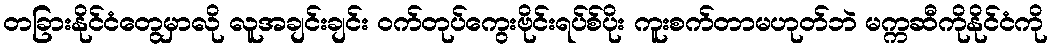
တခြားနိုင်ငံတွေမှာလို လူအချင်းချင်း ဝက်တုပ်ကွေးဗိုင်းရပ်စ်ပိုး ကူးစက်တာမဟုတ်ဘဲ မက္ကဆီကိုနိုင်ငံကို